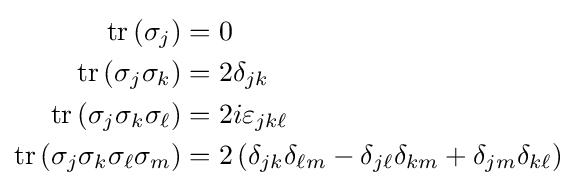
{\begin{aligned}\operatorname {tr} \left(\sigma _{j}\right)&=0\\\operatorname {tr} \left(\sigma _{j}\sigma _{k}\right)&=2\delta _{jk}\\\operatorname {tr} \left(\sigma _{j}\sigma _{k}\sigma _{\ell }\right)&=2i\varepsilon _{jk\ell }\\\operatorname {tr} \left(\sigma _{j}\sigma _{k}\sigma _{\ell }\sigma _{m}\right)&=2\left(\delta _{jk}\delta _{\ell m}-\delta _{j\ell }\delta _{km}+\delta _{jm}\delta _{k\ell }\right)\end{aligned}}